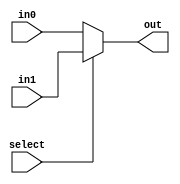
module mux_2_1_bit(out, select, in0, in1);
	input select;
	input in0, in1;
	output out;
	assign out = select ? in1 : in0;
endmodule